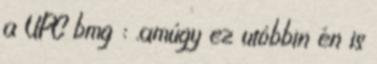
a UPC bmg : .amúgy ez utóbbin én is